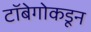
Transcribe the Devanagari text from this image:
टॉबेगोकडून